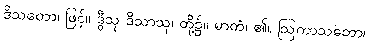
ဒိသတော၊ ဖြင့်။ ဒွီသု ဒိသာသု၊ တို့၌။ မာတံ၊ ၏။ ဩကာသတော၊